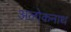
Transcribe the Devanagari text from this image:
अलोकनाथ